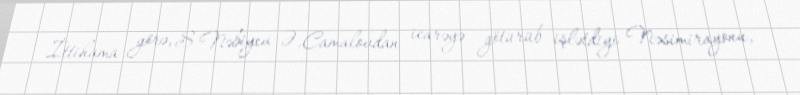
İttihama görə, S.Nəbiyev Ə.Camalovdan icarəyə götürüb işlətdiyi Nəsimirayonu,